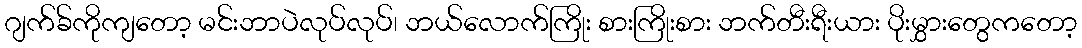
ဂျက်ခ်ကိုကျတော့ မင်းဘာပဲလုပ်လုပ်၊ ဘယ်လောက်ကြိုး စားကြိုးစား ဘက်တီးရီးယား ပိုးမွှားတွေကတော့